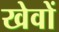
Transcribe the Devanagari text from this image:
खेवों